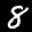
Label: 8